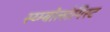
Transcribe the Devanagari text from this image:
स्य्म्बोलोगिस्ट